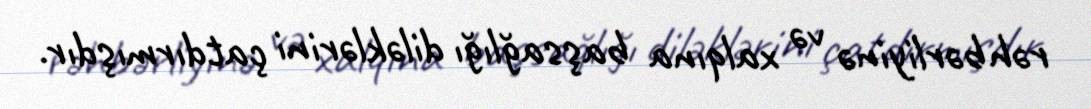
rəhbərliyinə və xalqına başsağlığı diləklərini çatdırmışdır.